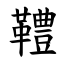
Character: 䪆